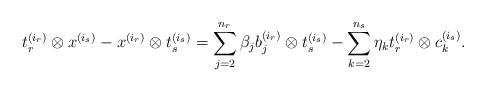
LaTeX: \begin{align*}&t^{(i_r)}_r\otimes x^{(i_s)} - x^{(i_r)}\otimes t^{(i_s)}_s = \sum_{j = 2}^{n_r}\beta_j b_j^{(i_r)}\otimes t^{(i_s)}_s - \sum_{k = 2}^{n_s} \eta_k t^{(i_r)}_r\otimes c^{(i_s)}_k.\end{align*}